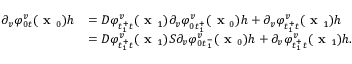
\begin{array} { r l } { \partial _ { v } \varphi _ { 0 t } ^ { v } ( \textbf { x } _ { 0 } ) h } & { = D \varphi _ { t _ { 1 } ^ { + } t } ^ { v } ( \textbf { x } _ { 1 } ) \partial _ { v } \varphi _ { 0 t _ { 1 } ^ { + } } ^ { v } ( \textbf { x } _ { 0 } ) h + \partial _ { v } \varphi _ { t _ { 1 } ^ { + } t } ^ { v } ( \textbf { x } _ { 1 } ) h } \\ & { = D \varphi _ { t _ { 1 } ^ { + } t } ^ { v } ( \textbf { x } _ { 1 } ) S \partial _ { v } \varphi _ { 0 t _ { 1 } ^ { - } } ^ { v } ( \textbf { x } _ { 0 } ) h + \partial _ { v } \varphi _ { t _ { 1 } ^ { + } t } ^ { v } ( \textbf { x } _ { 1 } ) h . } \end{array}